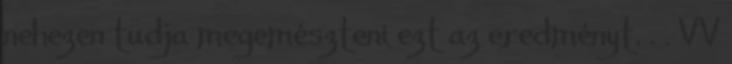
nehezen tudja megemészteni ezt az eredményt. . . VV